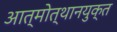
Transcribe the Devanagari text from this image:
आत्मोत्थानयुक्त